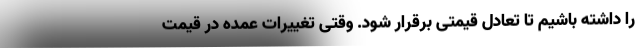
را داشته باشیم تا تعادل قیمتی برقرار شود. وقتی تغییرات عمده در قیمت